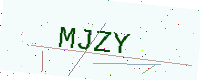
Text: MJZY